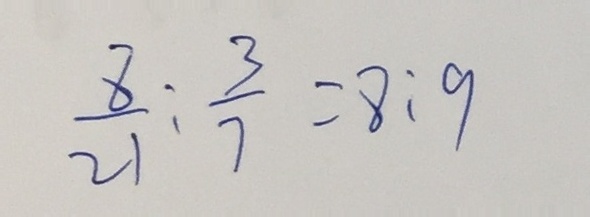
\frac { 8 } { 2 1 } : \frac { 3 } { 7 } = 8 : 9